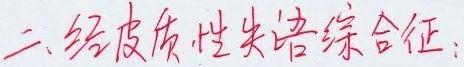
二、经皮质性失语综合征：